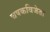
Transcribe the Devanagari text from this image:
चषकविजेता